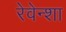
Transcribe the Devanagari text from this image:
रेवेन्शा